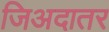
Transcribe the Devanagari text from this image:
जिअदातर